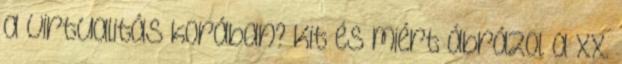
a virtualitás korában? Kit és miért ábrázol a XX.